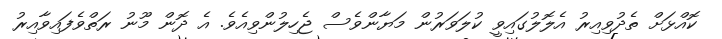
ކޮއްޅަށް ތެދުވިއިރު އެލޮލުގައިވީ ކުލަވަރުން މަޔާންވެސް ޖެހިލުންވިއެވެ. އެ ދޮން މޫނު ރަތްވެފައިވާއިރު